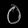
Digit: ၀